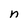
Character: n